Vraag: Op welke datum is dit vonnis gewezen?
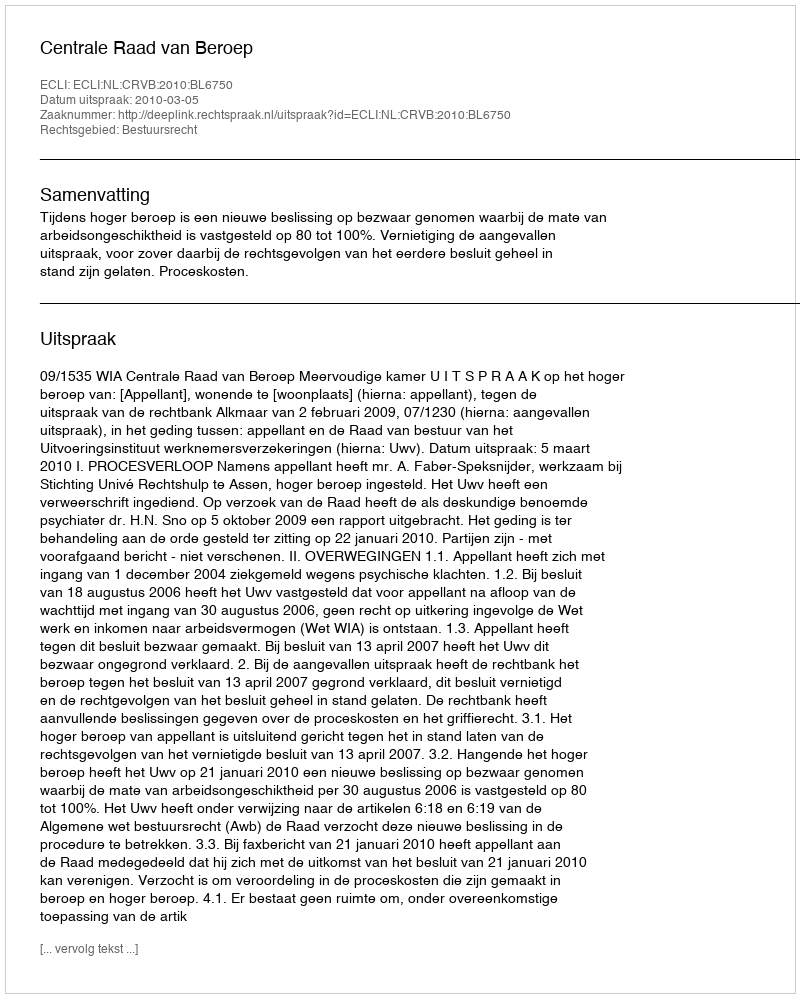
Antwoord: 2010-03-05